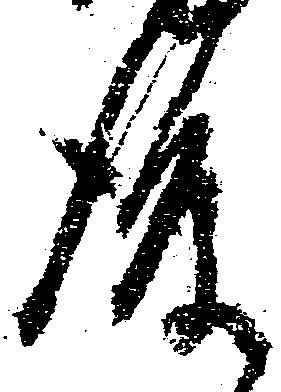
後